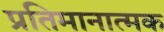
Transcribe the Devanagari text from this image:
प्रतिमानात्मक